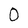
Character: 0